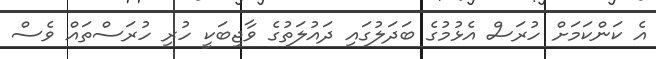
އެ ކަންކަމަށް ހުރަސް އެޅުމުގެ ބަދަލުގައި ދައުލަތުގެ ވާޖިބަކީ ހުރި ހުރަސްތައް ވެސް